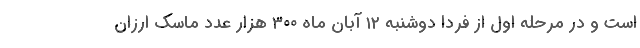
است و در مرحله اول از فردا دوشنبه ۱۲ آبان ماه ۳۰۰ هزار عدد ماسک ارزان